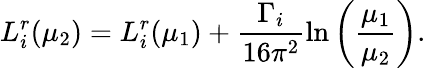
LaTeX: L_{i}^{r}(\mu_{2})=L_{i}^{r}(\mu_{1})+\frac{\Gamma_{i}}{16\pi^{2}}\ln\left(\frac{\mu_{1}}{\mu_{2}}\right).